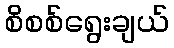
စိစစ်ရွေးချယ်